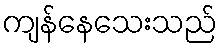
ကျန်နေသေးသည်